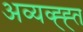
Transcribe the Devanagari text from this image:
अव्यव्ह्ह्त